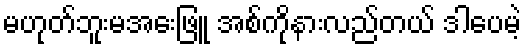
မဟုတ်ဘူးမအေးဖြူ အစ်ကိုနားလည်တယ် ဒါပေမဲ့